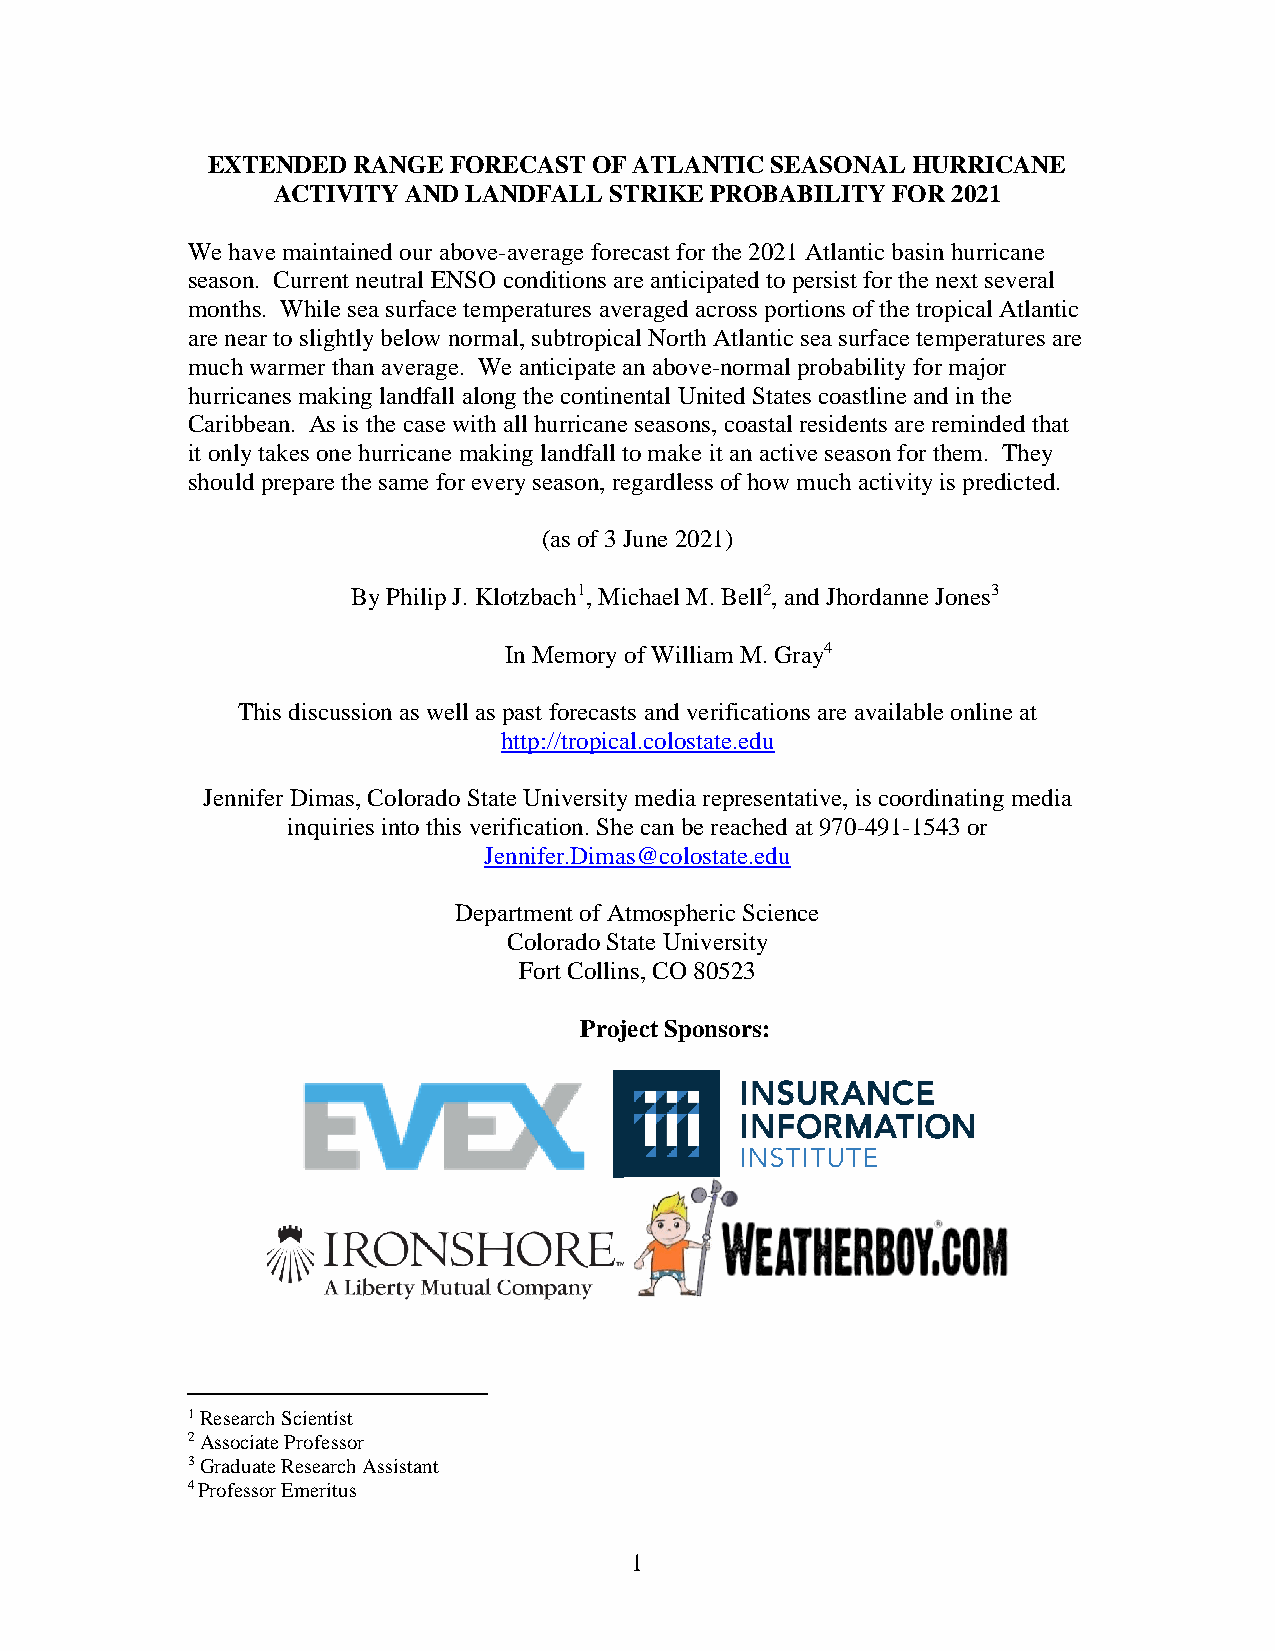
EXTENDED RANGE  FORECAST OF ATLANTIC SEASONAL HURRICANE
 ACTIVITY AND LANDFALL STRIKE PROBABILITY FOR 2021
 We have maintained our above-average forecast for the 2021 Atlantic basin hurricane
 season. Current neutral ENSO conditions are anticipated to persist for the next several
 months. While sea surface temperatures averaged across portions of the tropical Atlantic
 are near to slightly below normal, subtropical North Atlantic sea surface temperatures are
 much warmer than average. We anticipate an above-normal probability for major
 hurricanes making landfall along the continental United States coastline and in the
 Caribbean. As is the case with all hurricane seasons, coastal residents are reminded that
 it only takes one hurricane making landfall to make it an active season for them. They
 should prepare the same for every season, regardless of how much activity is predicted.
 (as of 3 June 2021)
 By Philip J. Klotzbach1, Michael M. Bell2, and Jhordanne Jones3
 In Memory of William M. Gray4
 This discussion as well as past forecasts and verifications are available online at
 http://tropical.colostate.edu
 Jennifer Dimas, Colorado State University media representative, is coordinating media
 inquiries into this verification. She can be reached at 970-491-1543 or
 Jennifer.Dimas@colostate.edu
 Department of Atmospheric Science
 Colorado State University
 Fort Collins, CO 80523
 Project Sponsors:
 1 Research Scientist
 2 Associate Professor
 3 Graduate Research Assistant
 4 Professor Emeritus
 1